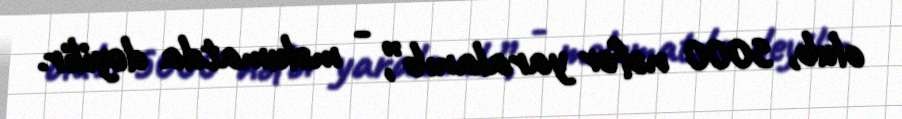
olub, 5000 nəfər yaralanıb”, - məlumatda deyilir.